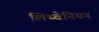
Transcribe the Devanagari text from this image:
लिथ्वेनियन